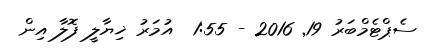
ސެޕްޓެމްބަރު 19